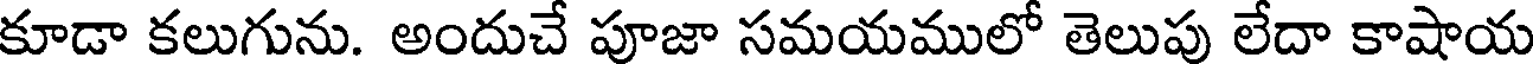
కూడా కలుగును. అందుచే పూజా సమయములో తెలుపు లేదా కాషాయ